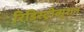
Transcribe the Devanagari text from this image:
रिडिस्ट्रीब्यूशन